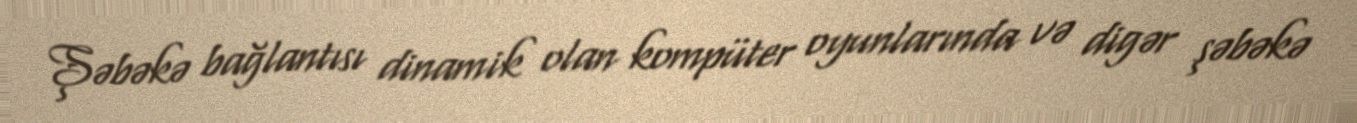
Şəbəkə bağlantısı dinamik olan kompüter oyunlarında və digər şəbəkə